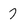
Character: 7